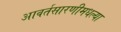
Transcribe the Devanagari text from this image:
आवर्तसारणीमधल्या